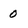
Character: 0